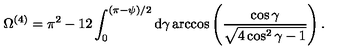
\Omega ^ { ( 4 ) } = \pi ^ { 2 } - 1 2 \int _ { 0 } ^ { ( \pi - \psi ) / 2 } \mathrm { d } \gamma \arccos \left( \frac { \cos \gamma } { \sqrt { 4 \cos ^ { 2 } \gamma - 1 } } \right) .